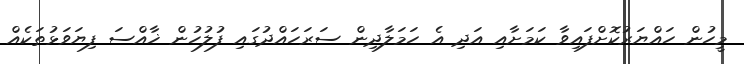
މީހުން ހައްޔަރުކޮށްފައިވާ ކަމަށާއި އަދި އެ ހަމަލާދިން ސަރަހައްދުގައި ފުލުހުން ޚާއްސަ ފިޔަވަޅުތަކެއް